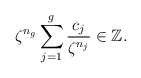
\begin{align*} \zeta^{n_{g}}\sum_{j=1}^{g} \frac{c_{j}}{\zeta^{n_{j}}}\in{\mathbb{Z}}.\end{align*}